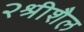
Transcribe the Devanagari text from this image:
२श्रीशैल